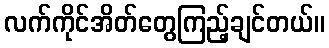
လက်ကိုင်အိတ်တွေကြည့်ချင်တယ်။